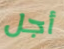
أجل